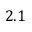
2 . 1